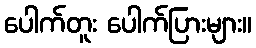
ပေါက်တူး ပေါက်ပြားများ။